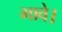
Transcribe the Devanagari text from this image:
भावे।